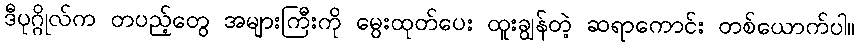
ဒီပုဂ္ဂိုလ်က တပည့်တွေ အများကြီးကို မွေးထုတ်ပေး ထူးချွန်တဲ့ ဆရာကောင်း တစ်ယောက်ပါ။